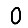
Digit: 0